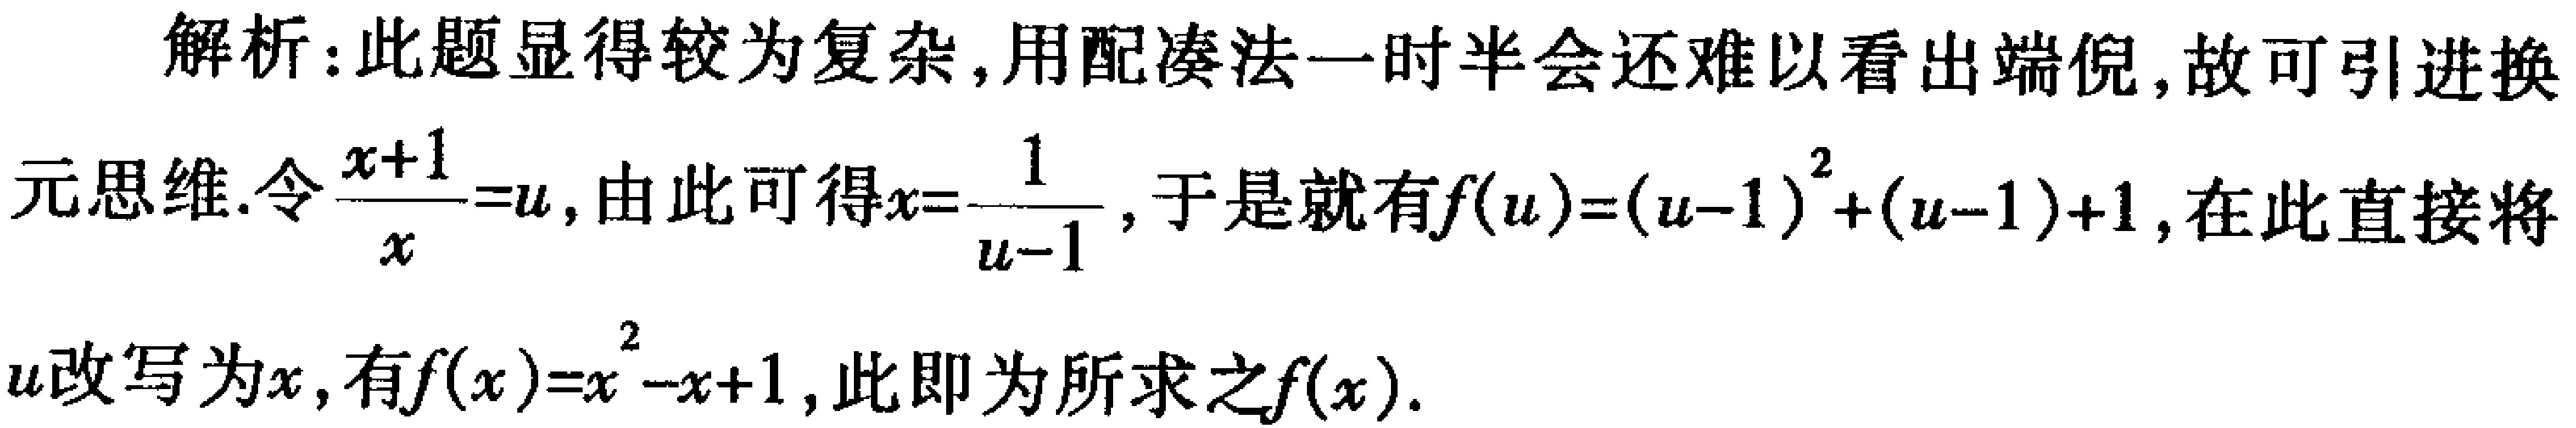
解析：此题显得较为复杂, 用配凑法一时半会还难以看出端倪, 故可引进换
元思维. 令\(\frac{x + 1}{x}=u\), 由此可得\(x = \frac{1}{u - 1}\), 于是就有\(f(u)=(u - 1)^2+(u - 1)+1\), 在此直接将
\(u\)改写为\(x\), 有\(f(x)=x^{2}-x + 1\), 此即为所求之\(f(x)\).